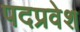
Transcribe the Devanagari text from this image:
पदप्रवेश